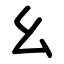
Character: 幺